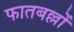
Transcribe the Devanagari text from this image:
फातबल्लों